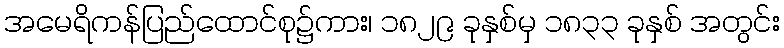
အမေရိကန်ပြည်ထောင်စု၌ကား၊ ၁၈၂၉ ခုနှစ်မှ ၁၈၃၃ ခုနှစ် အတွင်း